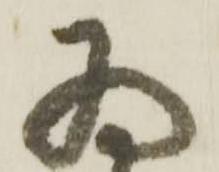
為